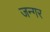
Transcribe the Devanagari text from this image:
जन्गर